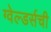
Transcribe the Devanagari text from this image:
ग्वेल्डर्सची